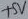
Text: +5V